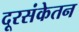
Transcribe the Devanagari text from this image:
दूरसंकेतन